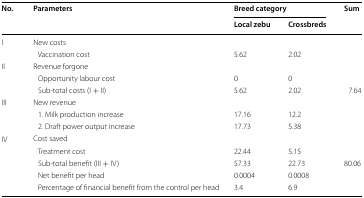
<table><thead><tr><td rowspan="2"><b>No.</b></td><td rowspan="2"><b>Parameters</b></td><td colspan="2"><b>Breed category</b></td><td rowspan="2"><b>Sum</b></td></tr><tr><td><b>Local zebu</b></td><td><b>Crossbreds</b></td></tr></thead><tbody><tr><td rowspan="2">I</td><td colspan="3">New costs</td><td></td></tr><tr><td> Vaccination cost</td><td>5.62</td><td>2.02</td><td></td></tr><tr><td rowspan="3">II</td><td colspan="3">Revenue forgone</td><td></td></tr><tr><td> Opportunity labour cost</td><td>0</td><td>0</td><td></td></tr><tr><td> Sub-total costs (I + II)</td><td>5.62</td><td>2.02</td><td>7.64</td></tr><tr><td rowspan="3">III</td><td colspan="3">New revenue</td><td></td></tr><tr><td> 1. Milk production increase</td><td>17.16</td><td>12.2</td><td></td></tr><tr><td> 2. Draft power output increase</td><td>17.73</td><td>5.38</td><td></td></tr><tr><td rowspan="5">IV</td><td colspan="3">Cost saved</td><td></td></tr><tr><td> Treatment cost</td><td>22.44</td><td>5.15</td><td></td></tr><tr><td> Sub-total benefit (III + IV)</td><td>57.33</td><td>22.73</td><td>80.06</td></tr><tr><td> Net benefit per head</td><td>0.0004</td><td>0.0008</td><td></td></tr><tr><td> Percentage of financial benefit from the control per head</td><td>3.4</td><td>6.9</td><td></td></tr></tbody></table>